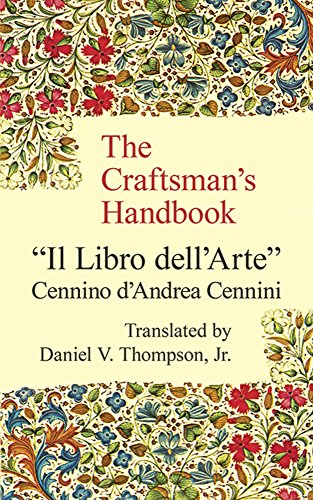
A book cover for The Craftsman's Handbook: "Il Libro dell' Arte"; Cennino d'Andrea Cennini; Arts & Photography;